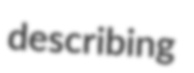
describing